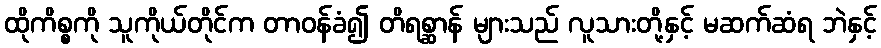
ထိုကိစ္စကို သူကိုယ်တိုင်က တာဝန်ခံ၍ တိရစ္ဆာန် များသည် လူသားတို့နှင့် မဆက်ဆံရ ဘဲနှင့်